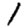
Digit: 1